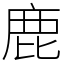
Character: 鹿